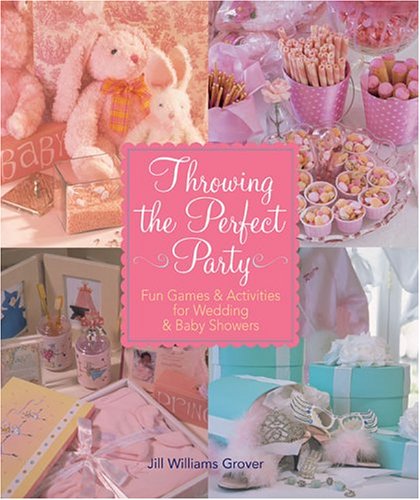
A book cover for Throwing the Perfect Party: Fun Games & Activities for Wedding & Baby Showers; Jill Williams Grover; Crafts, Hobbies & Home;